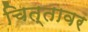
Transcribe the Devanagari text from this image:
चित्तावर